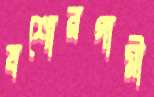
যশোরগামী